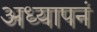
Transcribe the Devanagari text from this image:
अध्यापनं